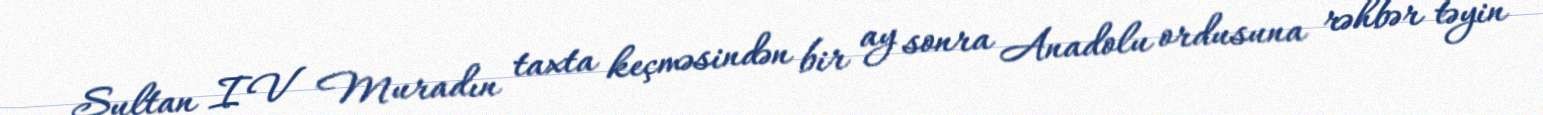
Sultan IV Muradın taxta keçməsindən bir ay sonra Anadolu ordusuna rəhbər təyin